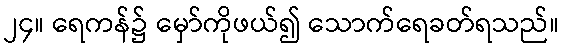
၂၄။ ရေကန်၌ မှော်ကိုဖယ်၍ သောက်ရေခတ်ရသည်။